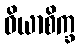
ဝိယာစိက္ခ